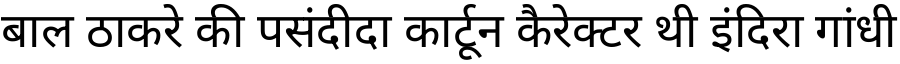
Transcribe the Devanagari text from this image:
बाल ठाकरे की पसंदीदा कार्टून कैरेक्टर थी इंदिरा गांधी